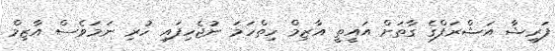
ފަރީޝާ އަޝްރަފްގެ ގާތަށް އައީތީ އާޒިމް ހިތްހަމަ ނުޖެހިފައި ހުރި ނަމަވެސް އާޒިމް